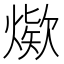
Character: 𰟖